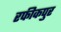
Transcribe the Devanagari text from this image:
रफीकपुर